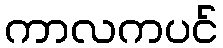
ကာလကပင်